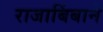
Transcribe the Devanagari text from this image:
राजाबिंबाने